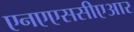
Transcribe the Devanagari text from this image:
एनएएससीएआर